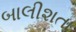
બાલીશતા